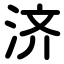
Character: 济